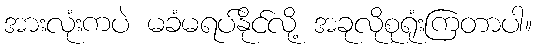
အားလုံးကပဲ မခံမရပ်နိုင်လို့ အခုလိုစုရုံးကြတာပါ။